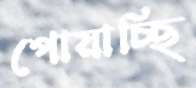
পোয়াচ্ছি